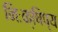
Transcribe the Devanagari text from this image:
निःक्षिप्य